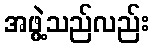
အဖွဲ့သည်လည်း